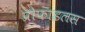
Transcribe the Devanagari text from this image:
प्रोफाइलस